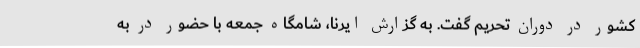
کشور در دوران تحریم گفت. به گزارش ایرنا، شامگاه جمعه با حضور در به